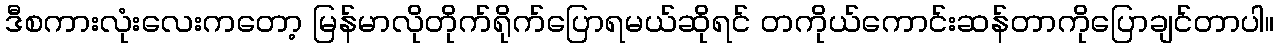
ဒီစကားလုံးလေးကတော့ မြန်မာလိုတိုက်ရိုက်ပြောရမယ်ဆိုရင် တကိုယ်ကောင်းဆန်တာကိုပြောချင်တာပါ။